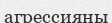
агрессияны